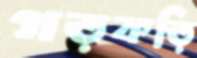
গড়কড়ি